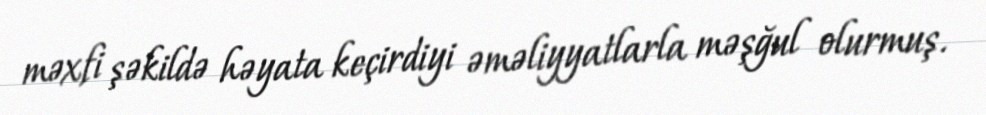
məxfi şəkildə həyata keçirdiyi əməliyyatlarla məşğul olurmuş.